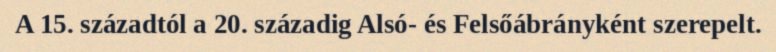
A 15. századtól a 20. századig Alsó- és Felsőábrányként szerepelt.